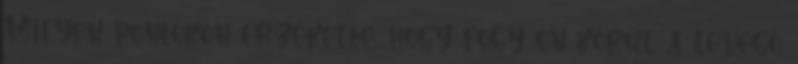
Milyen pontokon érzékelte, hogy fogy ön körül a levegő